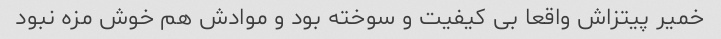
خمیر پیتزاش واقعا بی کیفیت و سوخته بود و موادش هم خوش مزه نبود